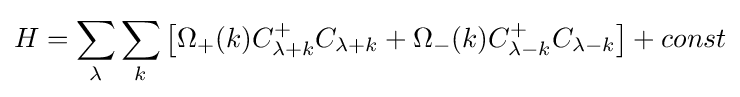
H=\sum _{\lambda }\sum _{k}\left[\Omega _{+}(k)C_{\lambda +k}^{+}C_{\lambda +k}+\Omega _{-}(k)C_{\lambda -k}^{+}C_{\lambda -k}\right]+const